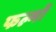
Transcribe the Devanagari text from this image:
फल्मों